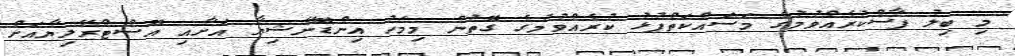
މި ބިލު ފާސްކުރެއްވުމުގެ މަސައްކަތްޕުޅު ކުރެއްވުމުގެ ގޮތުން މިމަހު އިންޑޮނޭޝިޔާ އަށާއި އޮސްޓްރޭލިޔާއަށް